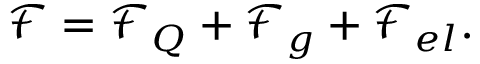
\mathcal F = \mathcal F _ { Q } + \mathcal F _ { g } + \mathcal F _ { e l } .